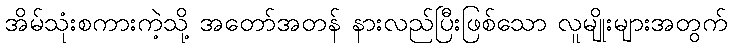
အိမ်သုံးစကားကဲ့သို့ အတော်အတန် နားလည်ပြီးဖြစ်သော လူမျိုးများအတွက်